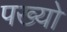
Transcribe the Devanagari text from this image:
पख्‍यो